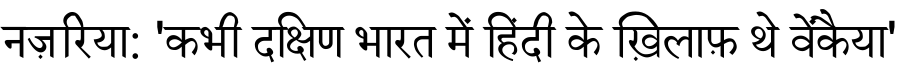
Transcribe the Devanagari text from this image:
नज़रिया: 'कभी दक्षिण भारत में हिंदी के ख़िलाफ़ थे वेंकैया'